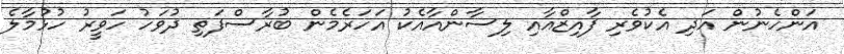
އަންހެނުން އަދި އެކުވެރި ފާއިޒްއާއި ލިސާންއާއެކު އަހަރެމެން ބުރާސްފަތި ދުވަހު ހަވީރު ހުޅުމާލެ